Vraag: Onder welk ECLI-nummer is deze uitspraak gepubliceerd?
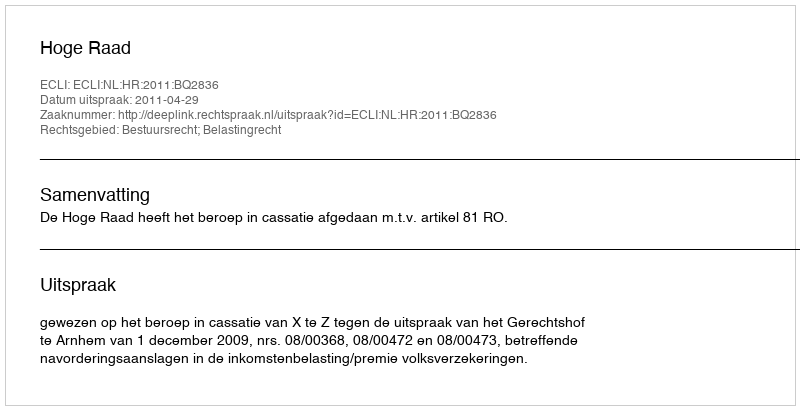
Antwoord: ECLI:NL:HR:2011:BQ2836